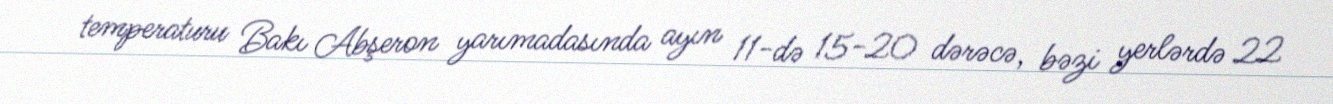
temperaturu Bakı Abşeron yarımadasında ayın 11-də 15-20 dərəcə, bəzi yerlərdə 22